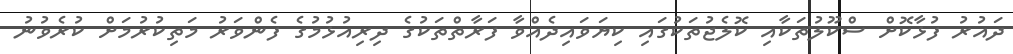
ދައުރު ފުޅާކޮށް ސްކޫލުތަކާއި ކޮލެޖުތަކުގައި ކިޔަވައިދެއްވާ ފަރާތްތަކުގެ ދިރިއުޅުމުގެ ފެންވަރު މަތިކުރުމަށް ކުރެވުނު